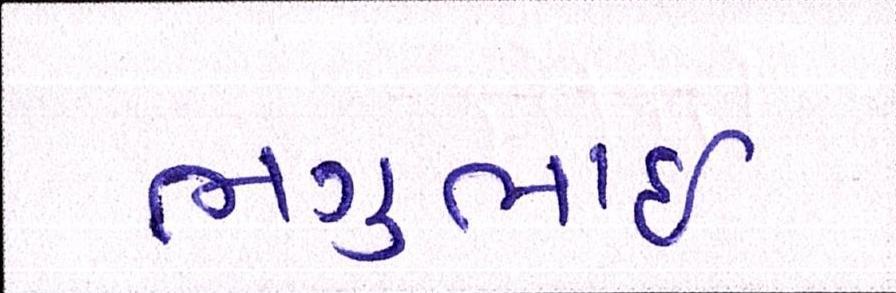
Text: ભગુભાઇ